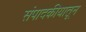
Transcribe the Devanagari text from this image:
संपादकीयातून